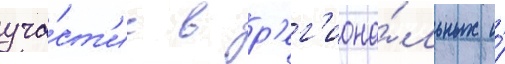
уча́ст'ие в р'ег'иона́льных и́